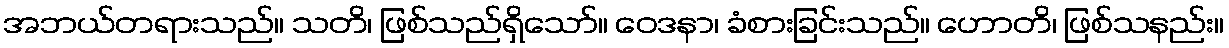
အဘယ်တရားသည်။ သတိ၊ ဖြစ်သည်ရှိသော်။ ဝေဒနာ၊ ခံစားခြင်းသည်။ ဟောတိ၊ ဖြစ်သနည်း။